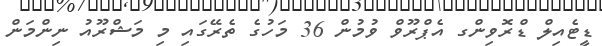
ޑީޓެއިލް ޑްރޮވިންގ އެޕްރޫވް ވުމުން 36 މަހުގެ ތެރޭގައި މި މަޝްރޫއު ނިންމަން